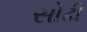
સોઢી